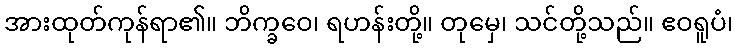
အားထုတ်ကုန်ရာ၏။ ဘိက္ခဝေ၊ ရဟန်းတို့။ တုမှေ၊ သင်တို့သည်။ ဧဝရူပံ၊